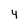
Character: 4